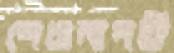
শেওলাপট্টি